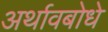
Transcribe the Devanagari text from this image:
अर्थावबोधे